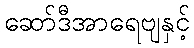
ဆော်ဒီအာရေဗျနှင့်